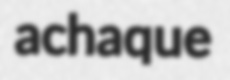
achaque